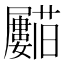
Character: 𱿈